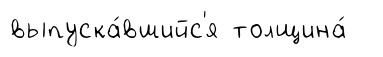
выпуска́вшийс'я толщина́